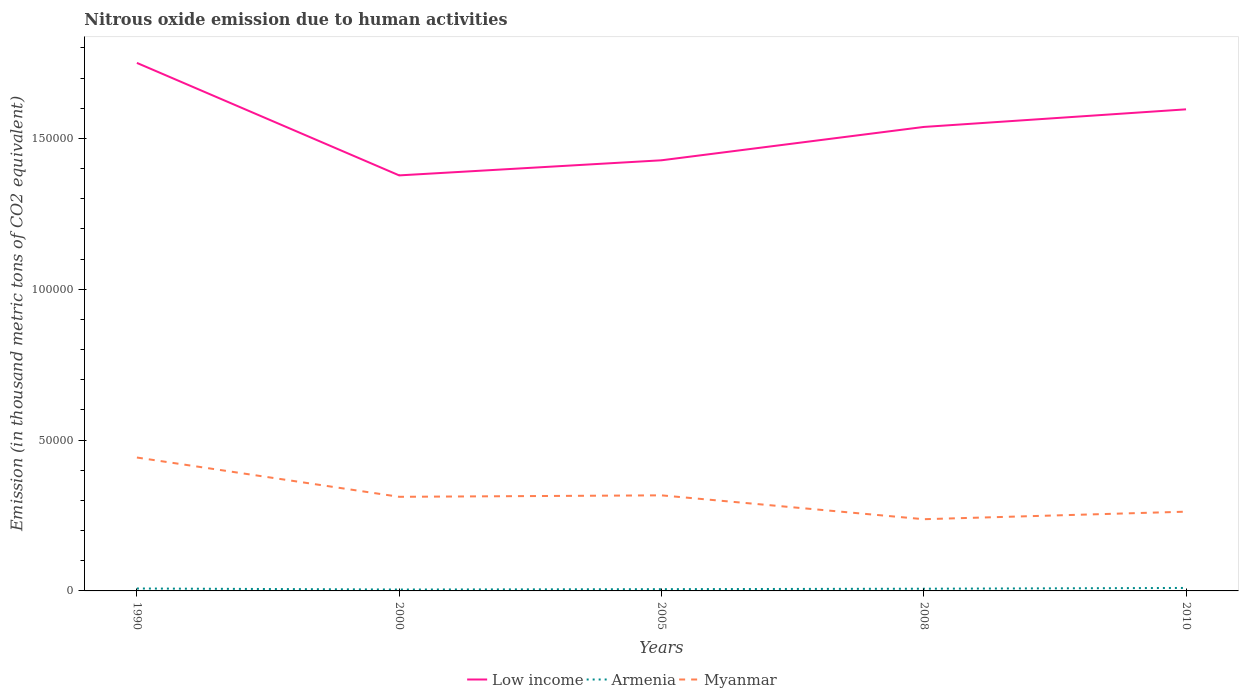
| Years | Low income | Armenia | Myanmar |
 | --- | --- | --- | --- |
 | 1990 | 1.75e+05 | 805 | 4.42e+04 |
 | 2000 | 1.38e+05 | 462 | 3.12e+04 |
 | 2005 | 1.43e+05 | 584 | 3.17e+04 |
 | 2008 | 1.54e+05 | 731 | 2.38e+04 |
 | 2010 | 1.6e+05 | 986 | 2.63e+04 |